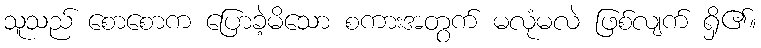
သူသည် စောစောက ပြောခဲ့မိသော စကားအတွက် မလုံမလဲ ဖြစ်လျက် ရှိ၏။